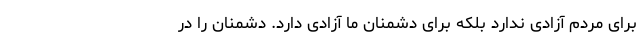
برای مردم آزادی ندارد بلکه برای دشمنان ما آزادی دارد. دشمنان را در